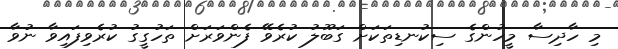
މި ހާދިސާ މީހުންގެ ސިކުނޑިތަކަށް ގަބޫލު ކުރެވޭ ފެންވަރަށް ތަހުގީގު ކުރެވިފައިވާ ނުވާ